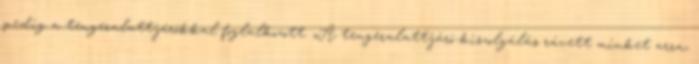
pedig a tengeralattjárókkal foglalkozott. „A tengeralattjáró-kiszolgálás rávett minket arra,